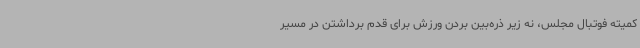
کمیته فوتبال مجلس، نه زیر ذره‌بین بردن ورزش برای قدم برداشتن در مسیر